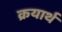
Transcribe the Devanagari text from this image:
क्रयार्थ